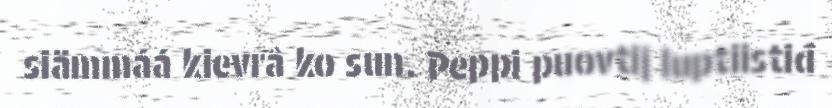
siämmáá kievrâ ko sun. Peppi puovtij luptiistiđ